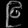
Digit: ၉